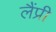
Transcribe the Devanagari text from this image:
लैंप्री